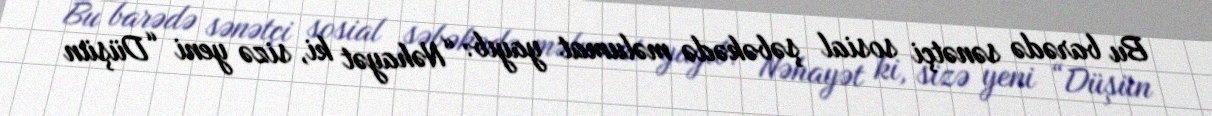
Bu barədə sənətçi sosial şəbəkədə məlumat yayıb: “Nəhayət ki, sizə yeni “Düşün